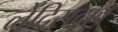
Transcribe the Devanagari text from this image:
लेदिसदाव